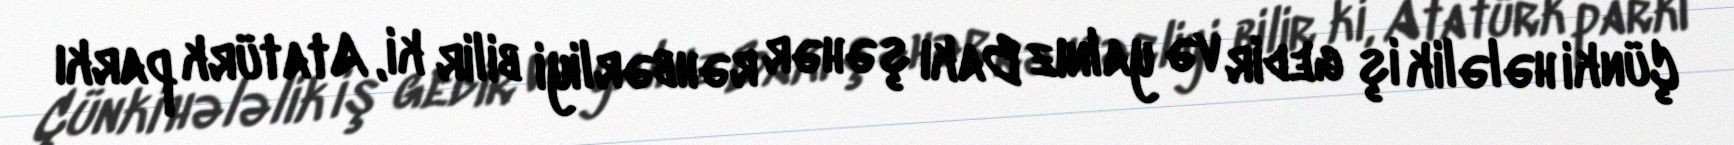
Çünki hələlik iş gedir və yalnız Bakı şəhər rəhbərliyi bilir ki, Atatürk parkı